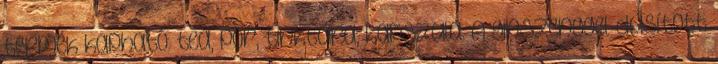
termék kapható: tea, por, tinktúra, kapszula. A ginszenggel dúsított